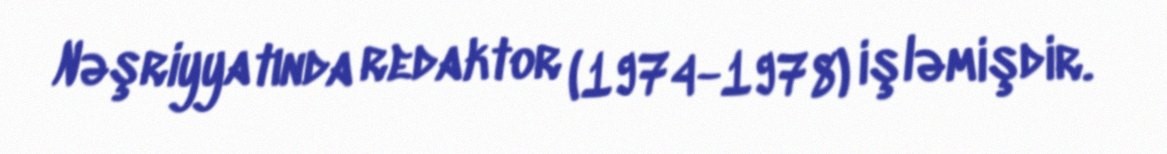
Nəşriyyatında redaktor (1974-1978) işləmişdir.